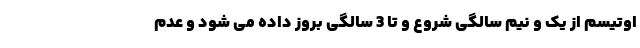
اوتیسم از یک و نیم سالگی شروع و تا 3 سالگی بروز داده می شود و عدم